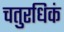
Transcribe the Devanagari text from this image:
चतुरधिकं